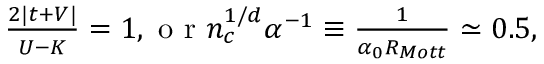
\begin{array} { r } { \frac { 2 | t + V | } { U - K } = 1 , \mathrm { ~ o ~ r ~ } n _ { c } ^ { 1 / d } \alpha ^ { - 1 } \equiv \frac { 1 } { \alpha _ { 0 } R _ { M o t t } } \simeq 0 . 5 , } \end{array}